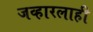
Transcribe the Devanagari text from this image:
जव्हारलाही